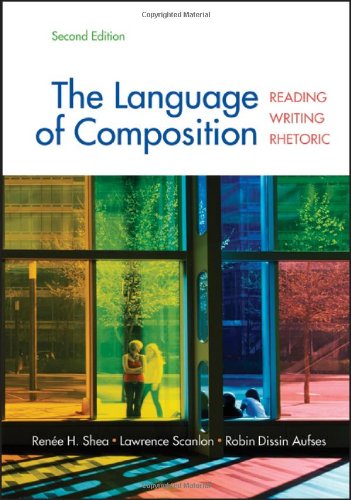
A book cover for The Language of Composition: Reading, Writing, Rhetoric Second Edition; Renee H. Shea; Reference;